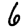
Digit: 6